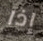
إذا